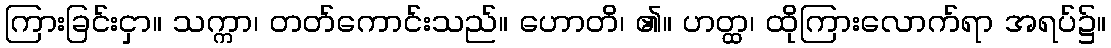
ကြားခြင်းငှာ။ သက္ကာ၊ တတ်ကောင်းသည်။ ဟောတိ၊ ၏။ ဟတ္ထ၊ ထိုကြားလောက်ရာ အရပ်၌။